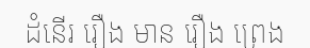
ដំនើរ រឿង មាន រឿង ព្រេង